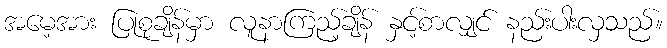
အမေ့အား ပြုစုချိန်မှာ လူနာကြည့်ချိန် နှင့်စာလျှင် နည်းပါးလှသည်။